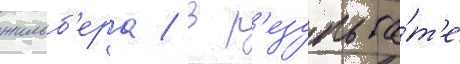
жильб'ера / в р'езульта́т'е